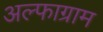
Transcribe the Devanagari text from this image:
अल्फाग्राम